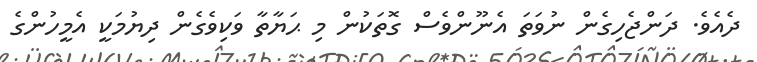
ދެއެވެ. ދަންޖެހިގެން ނުވަތަ އެނޫންވެސް ގޮތަކުން މި ޙަޔާތާ ވަކިވެގެން ދިޔުމަކީ އެމީހުންގެ